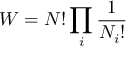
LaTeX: W = N ! \prod _ { i } { \frac { 1 } { N _ { i } ! } }